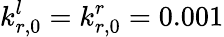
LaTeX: k_{r,0}^{l}=k_{r,0}^{r}=0.001